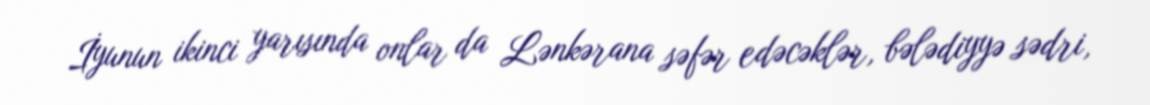
İyunun ikinci yarısında onlar da Lənkərana səfər edəcəklər, bələdiyyə sədri,